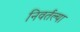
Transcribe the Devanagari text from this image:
निवर्तल्या